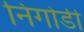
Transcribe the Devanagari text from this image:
निगोडी